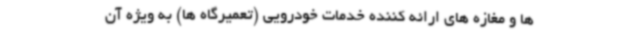
ها و مغازه های ارائه کننده خدمات خودرویی (تعمیرگاه ها) به ویژه آن